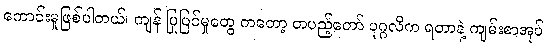
ကောင်းမှုဖြစ်ပါတယ်၊ ကျန် ပြုပြင်မှုတွေ ကတော့ တပည့်တော် ပုဂ္ဂလိက ရတာနဲ့ ကျမ်းစာအုပ်